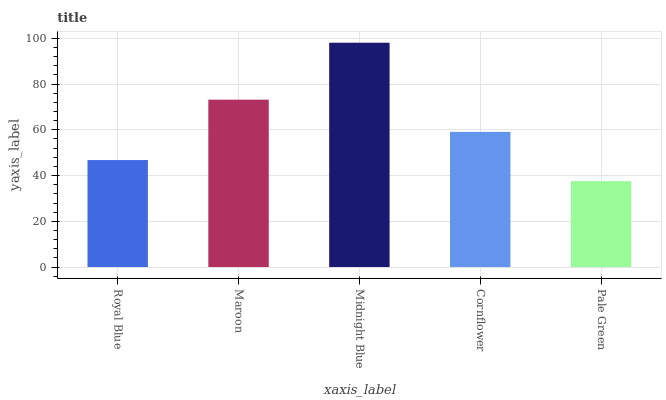
| xaxis_label | bars |
 | --- | --- |
 | Royal Blue | 46.8 |
 | Maroon | 73.2 |
 | Midnight Blue | 98.1 |
 | Cornflower | 59.1 |
 | Pale Green | 37.6 |